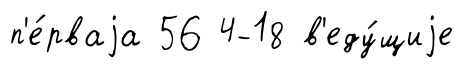
п'е́рваjа 56 4-18 в'еду́щиjе